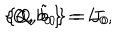
LaTeX: \{ Q , b _ { 0 } \} = L _ { 0 } , \hspace { 1 c m } \{ Q , \tilde { b } _ { 0 } \} = J _ { 0 }